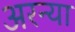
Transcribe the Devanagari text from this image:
अरन्या